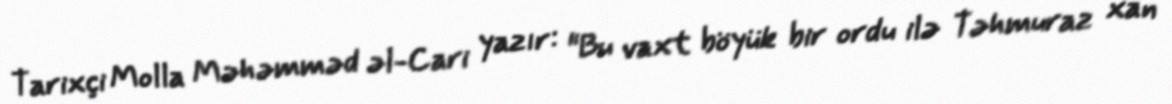
Tarixçi Molla Məhəmməd əl-Cari yazır: "Bu vaxt böyük bir ordu ilə Təhmuraz xan